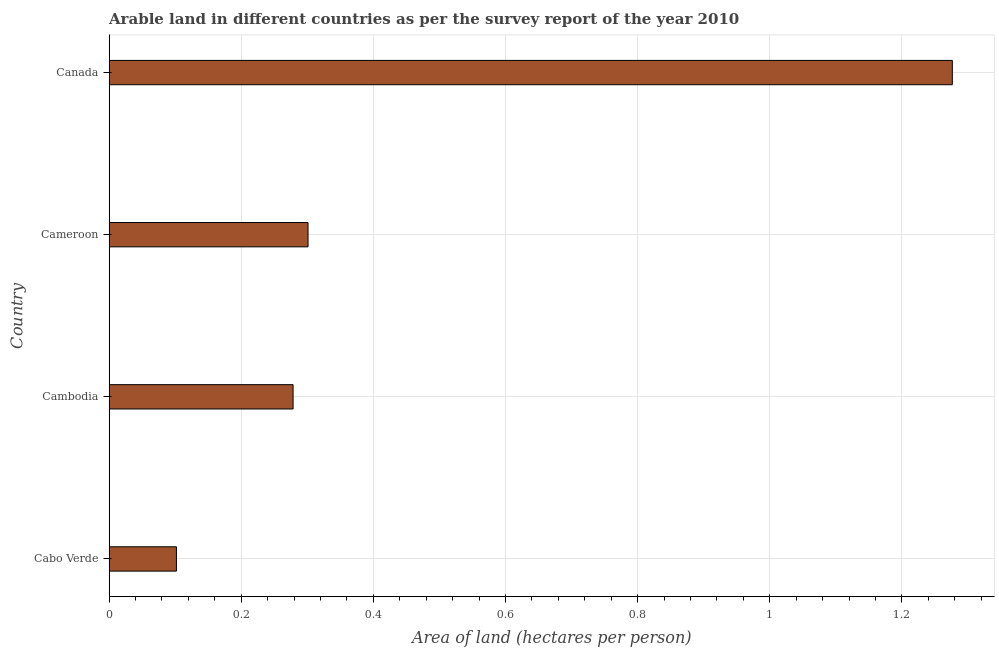
| Country | Arable land |
 | --- | --- |
 | Cabo Verde | 0.102 |
 | Cambodia | 0.278 |
 | Cameroon | 0.301 |
 | Canada | 1.28 |